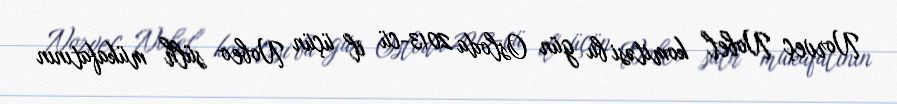
Norveç Nobel komitəsi bu gün Osloda 2013-cü il üçün Nobeo sülh mükafatının